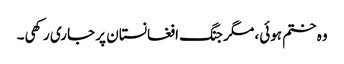
وہ ختم ہوئی، مگر جنگ افغانستان پر جاری رکھی۔